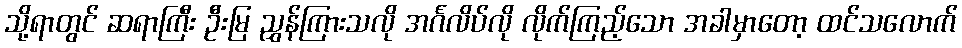
သို့ရာတွင် ဆရာကြီး ဦးမြ ညွှန်ကြားသလို အင်္ဂလိပ်လို လိုက်ကြည့်သော အခါမှာတော့ ထင်သလောက်